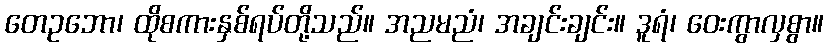
တေဥဘော၊ ထိုစကားနှစ်ရပ်တို့သည်။ အညမညံ၊ အချင်းချင်း။ ဒူရံ၊ ဝေးကွာလှစွာ။